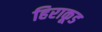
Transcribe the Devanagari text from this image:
हिराकूड